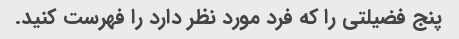
پنج فضیلتی را که فرد مورد نظر دارد را فهرست کنید.